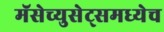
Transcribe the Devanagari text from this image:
मॅसेच्युसेट्समध्येच